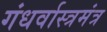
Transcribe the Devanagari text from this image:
गंधर्वास्त्रमंत्र